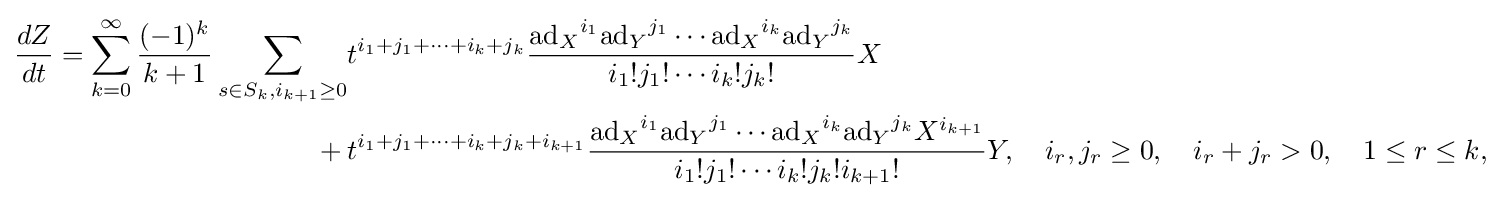
{\begin{aligned}{\frac {dZ}{dt}}=\sum _{k=0}^{\infty }{\frac {(-1)^{k}}{k+1}}\sum _{s\in S_{k},i_{k+1}\geq 0}&t^{i_{1}+j_{1}+\cdots +i_{k}+j_{k}}{\frac {{\mathrm {ad} _{X}}^{i_{1}}{\mathrm {ad} _{Y}}^{j_{1}}\cdots {\mathrm {ad} _{X}}^{i_{k}}{\mathrm {ad} _{Y}}^{j_{k}}}{i_{1}!j_{1}!\cdots i_{k}!j_{k}!}}X\\{}+{}&t^{i_{1}+j_{1}+\cdots +i_{k}+j_{k}+i_{k+1}}{\frac {{\mathrm {ad} _{X}}^{i_{1}}{\mathrm {ad} _{Y}}^{j_{1}}\cdots {\mathrm {ad} _{X}}^{i_{k}}{\mathrm {ad} _{Y}}^{j_{k}}X^{i_{k+1}}}{i_{1}!j_{1}!\cdots i_{k}!j_{k}!i_{k+1}!}}Y,\quad i_{r},j_{r}\geq 0,\quad i_{r}+j_{r}>0,\quad 1\leq r\leq k,\end{aligned}}